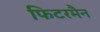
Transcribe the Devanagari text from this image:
फिटरमैन